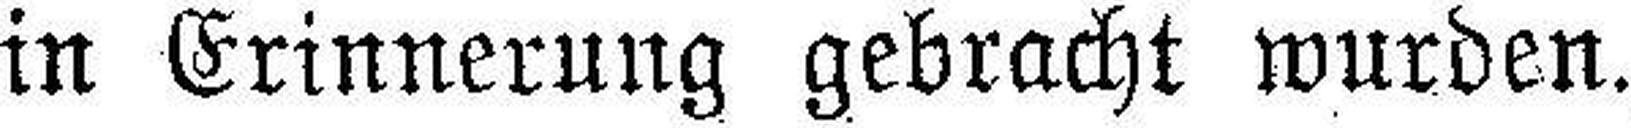
in Erinnerung gebracht wurden.